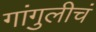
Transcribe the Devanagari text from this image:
गांगुलीचं